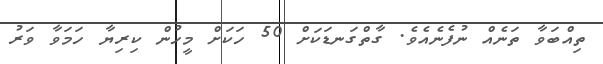
ތިއްބަވާ ތަނެއް ނުފެނެއެވެ. ގާތްގަނޑަކަށް 50 ހަކަށް މީހުން ކިރިޔާ ހަމަވާ ވަރު